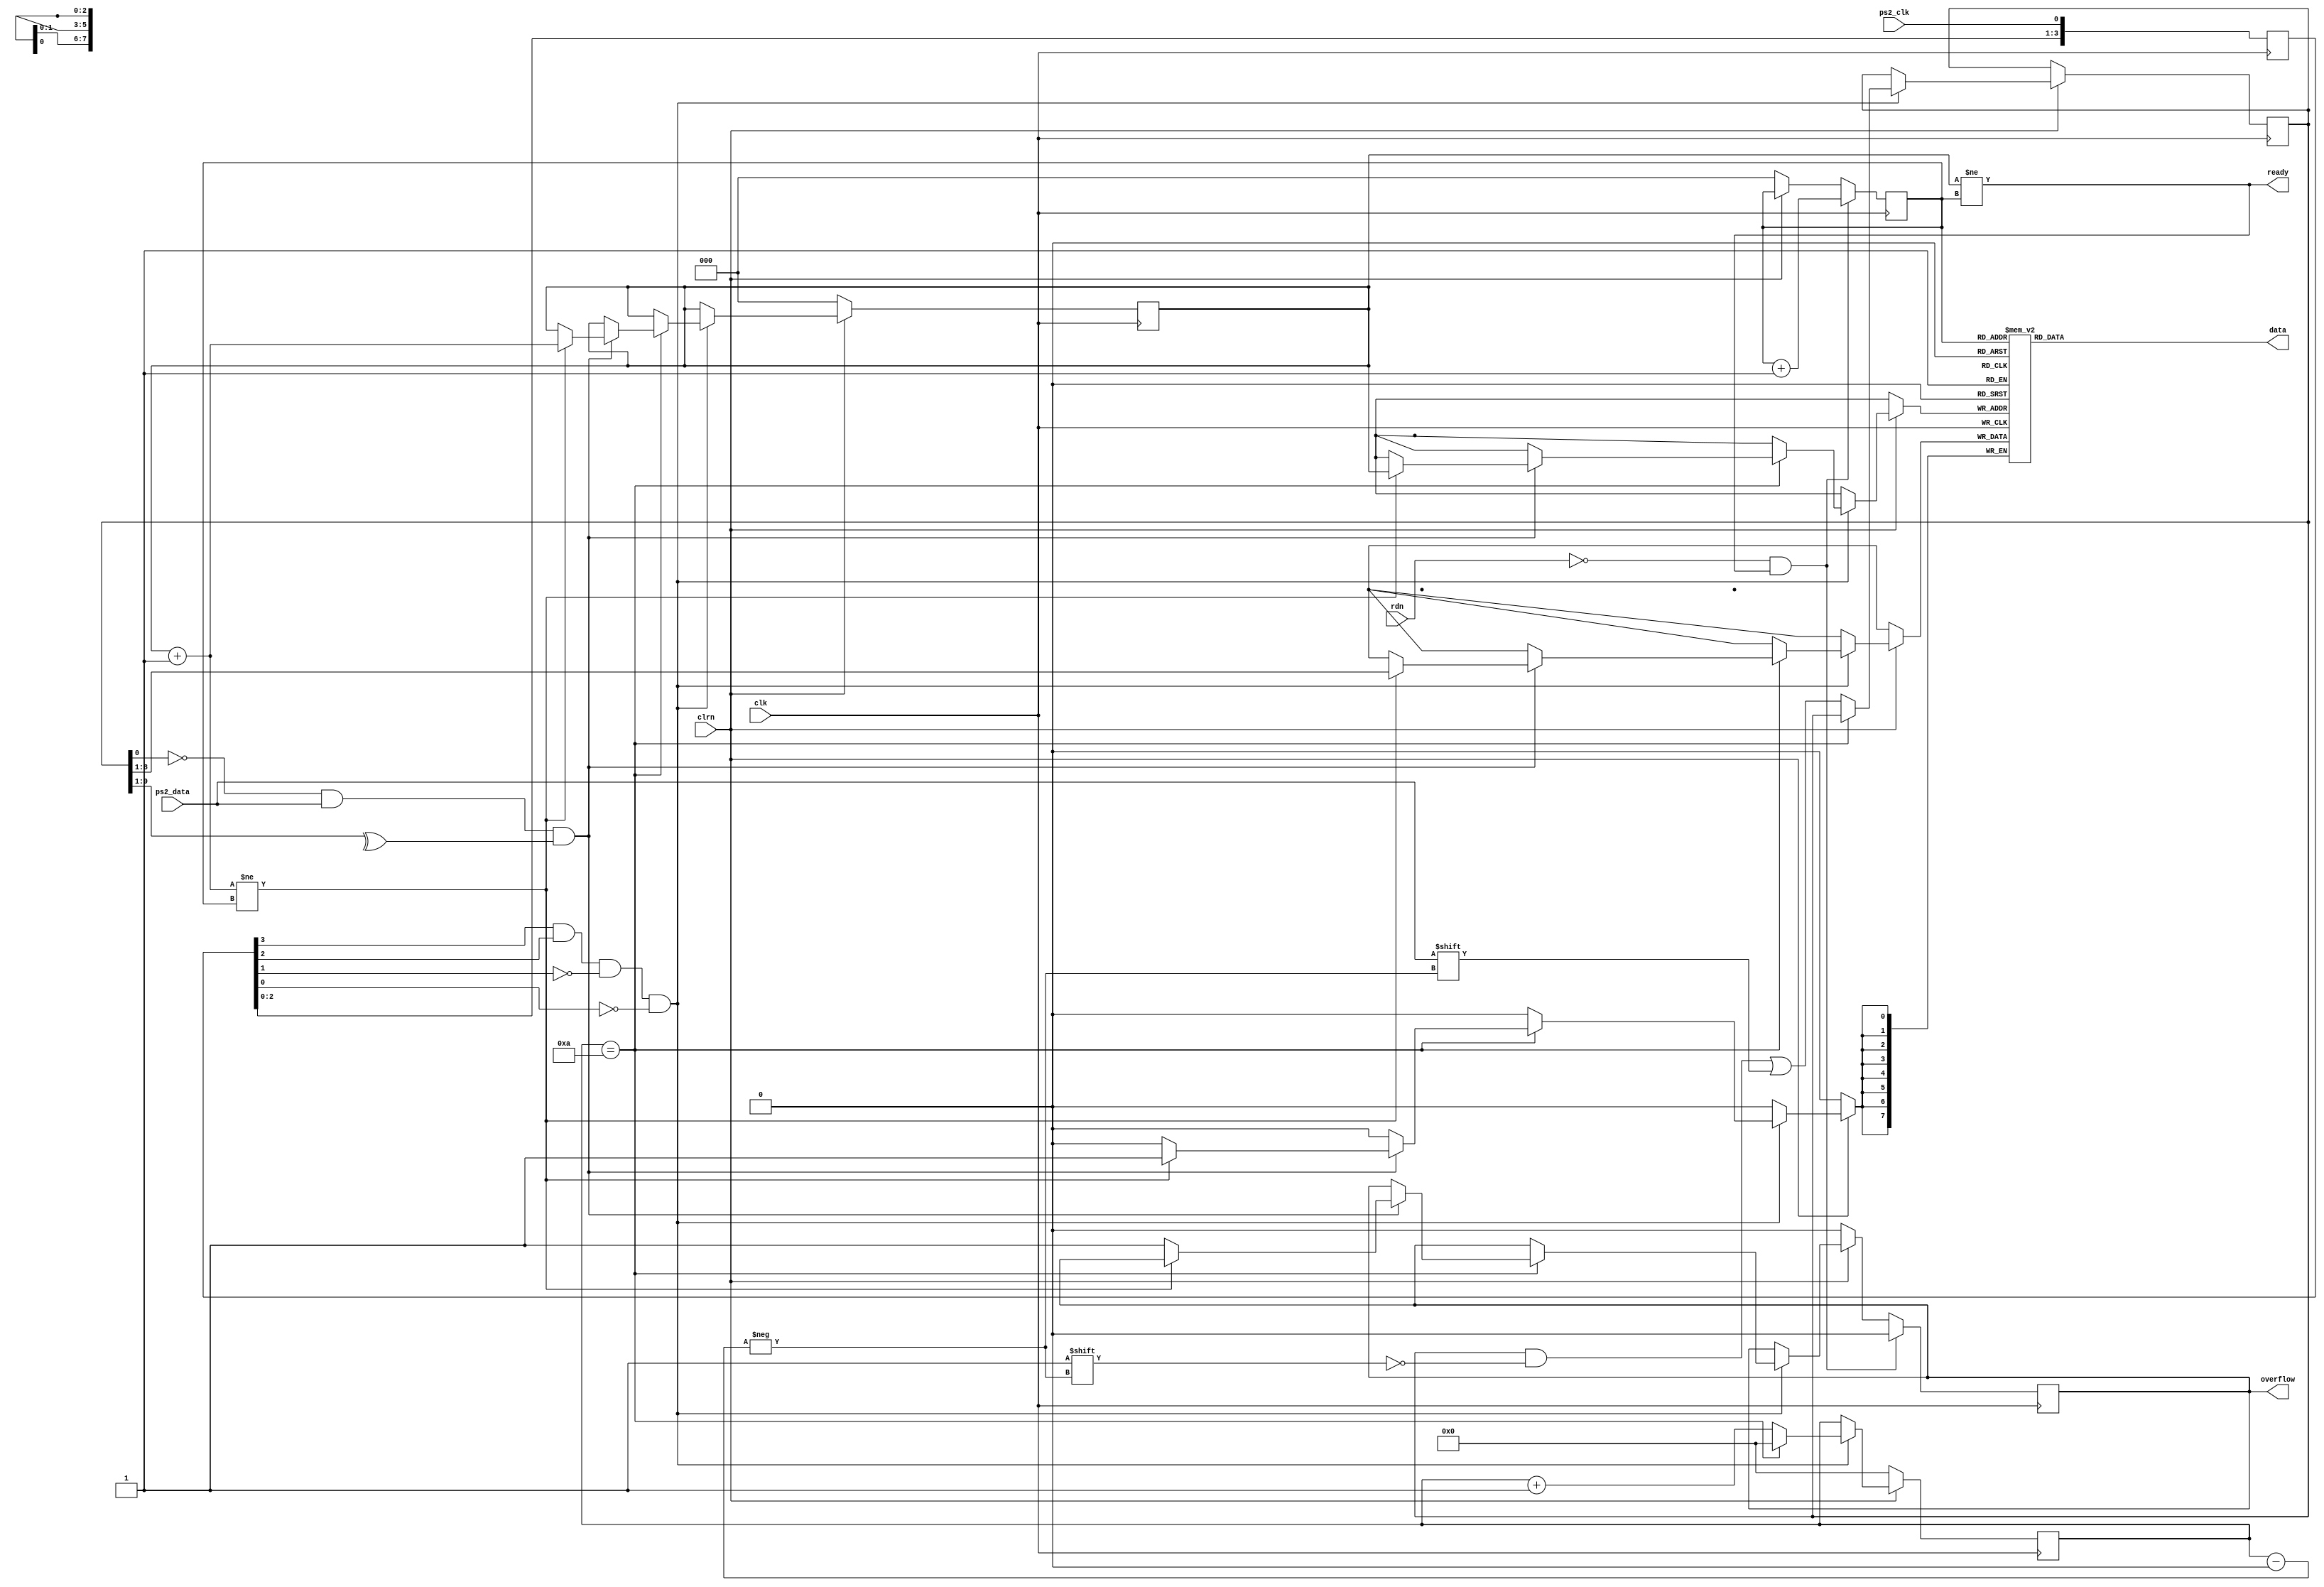
/************************************************
  The Verilog HDL code example is from the book
  Computer Principles and Design in Verilog HDL
  by Yamin Li, published by A JOHN WILEY & SONS
************************************************/
module ps2_keyboard (clk,clrn,ps2_clk,ps2_data,rdn,data,ready,overflow);
    input        clk, clrn;                            // 50 MHz
    input        ps2_clk;                              // ps2 clock
    input        ps2_data;                             // ps2 data
    input        rdn;                                  // read, active low
    output [7:0] data;                                 // 8-bit code
    output       ready;                                // code ready
    output reg   overflow;                             // fifo overflow
    reg    [9:0] buffer;                               // ps2_data bits
    reg    [7:0] fifo[7:0];                            // circular fifo
    reg    [3:0] count;                                // count ps2_data bits
    reg    [2:0] w_ptr,r_ptr;                          // fifo write/read pointers
    reg    [3:0] ps2_clk_sync;                         // for detecting falling edge
    always @ (posedge clk)
        ps2_clk_sync <= {ps2_clk_sync[2:0],ps2_clk};   // shift ps2_clk_sync left
    wire sampling = ps2_clk_sync[3] &                  // 1
	            ps2_clk_sync[2] &                      // 1
	           ~ps2_clk_sync[1] &                      // 0
                   ~ps2_clk_sync[0];                   // 0: 1100: had a falling edge
    always @ (posedge clk) begin
        if (!clrn) begin                               // on reset
            count    <= 0;                             // clear count
            w_ptr    <= 0;                             // clear w_ptr
            r_ptr    <= 0;                             // clear r_ptr
            overflow <= 0;                             // clear overflow
        end else if (sampling) begin                   // if sampling
            if (count == 4'd10) begin                  // if got one frame
                if ((buffer[0] == 0) &&                // start bit
                    (ps2_data) &&                      // stop bit
                    (^buffer[9:1])) begin              // odd parity
                    if ((w_ptr + 3'b1) != r_ptr) begin // if fifo is not overflow
                        fifo[w_ptr] <= buffer[8:1];    // save 8-bit data to fifo
                        w_ptr <= w_ptr + 3'b1;         // w_ptr++
                    end else begin
                        overflow <= 1;                 // overflow
                    end
                end
                count <= 0;                            // for next frame
            end else begin                             // did not yet get one frame
                buffer[count] <= ps2_data;             // store ps2_data
                count <= count + 4'b1;                 // count++
            end
        end
        if (!rdn && ready) begin                       // on cpu read
            r_ptr <= r_ptr + 3'b1;                     // r_ptr++
            overflow <= 0;                             // clear overflow
        end
    end
    assign ready = (w_ptr != r_ptr);                   // fifo is not empty
    assign data  = fifo[r_ptr];                        // code byte
endmodule